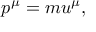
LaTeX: p ^ { \mu } = m u ^ { \mu } ,